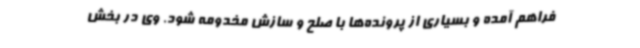
فراهم آمده و بسیاری از پرونده‌ها با صلح و سازش مخدومه شود. وی در بخش